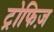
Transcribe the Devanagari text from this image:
ट्रोफिज़